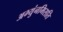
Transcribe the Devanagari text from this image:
अभ्युंनमिसति